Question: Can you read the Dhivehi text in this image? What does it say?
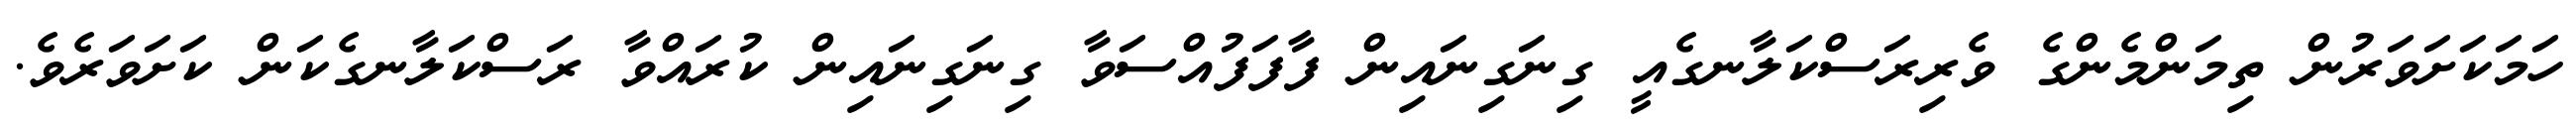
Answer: ހަމަކަށަވަރުން ތިމަންމެންގެ ވެރިރަސްކަލާނގެއީ ގިނަގިނައިން ފާފަފުއްސަވާ ގިނަގިނައިން ކުރައްވާ ރަސްކަލާނގެކަން ކަށަވަރެވެ.